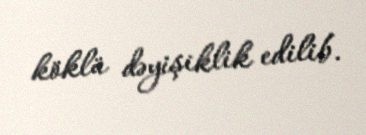
köklü dəyişiklik edilib.